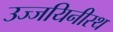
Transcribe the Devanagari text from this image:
उज्जयिनीस्थ